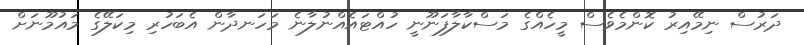
ދަރުސް ނިމޭއިރު ކޮންމެވެސް މީހެއްގެ މަސްކާލާފަނޫނީ ހުއްޓައެއްނުލާނެ މަހަނދާން އެބަހުރި މިކަލޭގެ މައުމޫނަށް